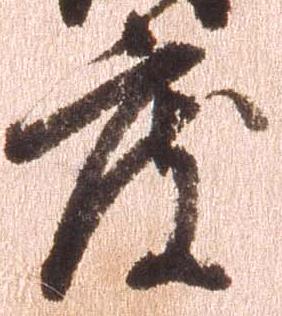
度